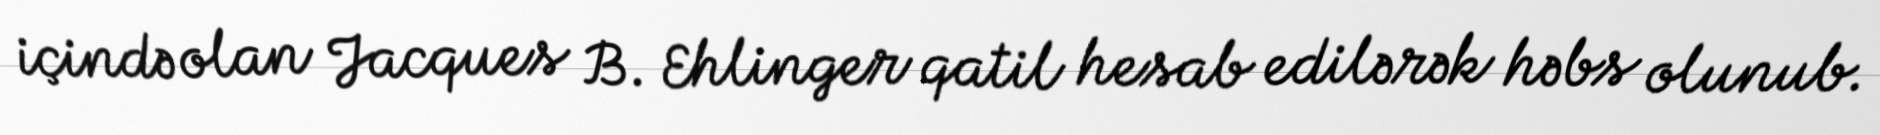
içində olan Jacques B. Ehlinger qatil hesab edilərək həbs olunub.